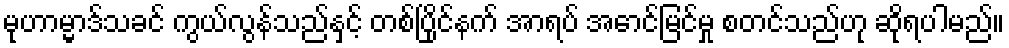
မုဟာမ္မာဒ်သခင် ကွယ်လွန်သည်နှင့် တစ်ပြိုင်နက် အာရပ် အောင်မြင်မှု စတင်သည်ဟု ဆိုရပါမည်။